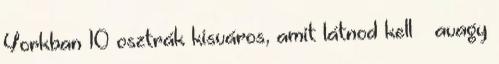
Yorkban 10 osztrák kisváros, amit látnod kell – avagy